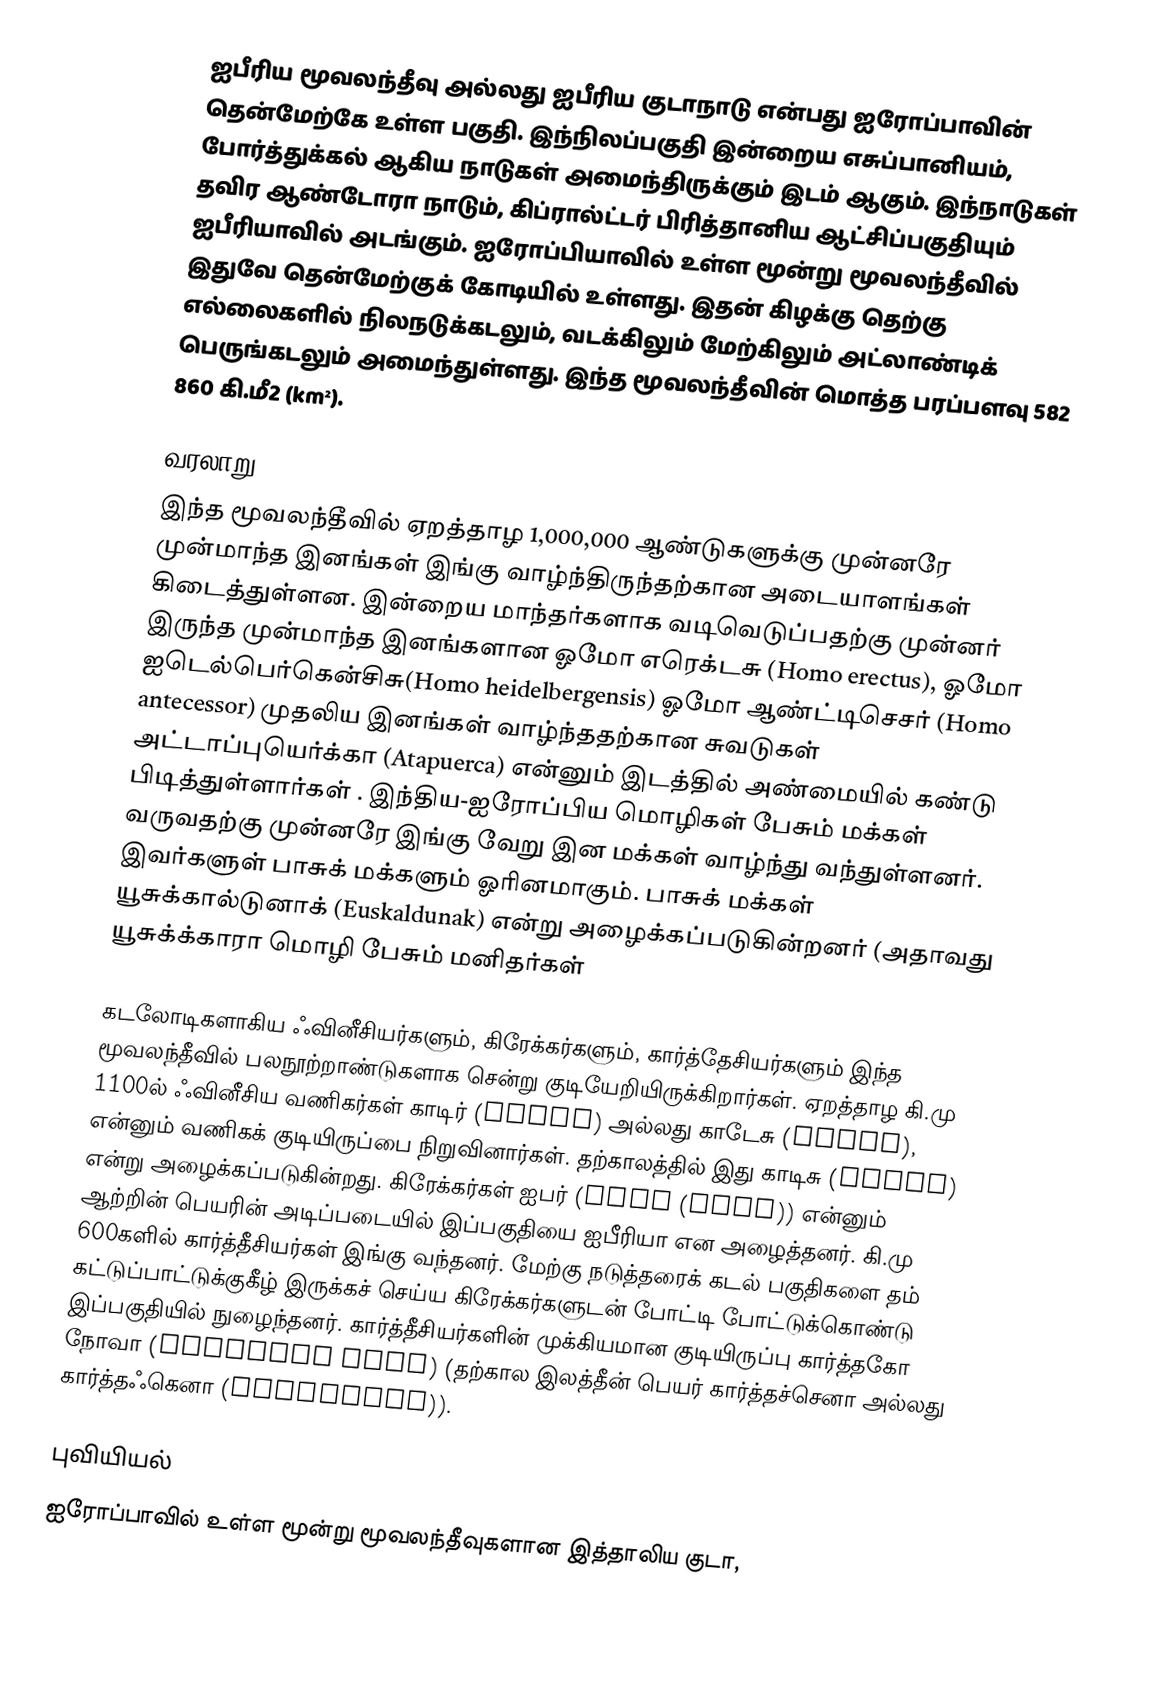
ஐபீரிய மூவலந்தீவு அல்லது ஐபீரிய குடாநாடு என்பது ஐரோப்பாவின் தென்மேற்கே உள்ள பகுதி. இந்நிலப்பகுதி இன்றைய எசுப்பானியம், போர்த்துக்கல் ஆகிய நாடுகள் அமைந்திருக்கும் இடம் ஆகும். இந்நாடுகள் தவிர ஆண்டோரா நாடும், கிப்ரால்ட்டர் பிரித்தானிய ஆட்சிப்பகுதியும் ஐபீரியாவில் அடங்கும். ஐரோப்பியாவில் உள்ள மூன்று மூவலந்தீவில் இதுவே தென்மேற்குக் கோடியில் உள்ளது. இதன் கிழக்கு தெற்கு எல்லைகளில் நிலநடுக்கடலும், வடக்கிலும் மேற்கிலும் அட்லாண்டிக் பெருங்கடலும் அமைந்துள்ளது. இந்த மூவலந்தீவின் மொத்த பரப்பளவு 582 860 கி.மீ2 (km²).

வரலாறு
இந்த மூவலந்தீவில் ஏறத்தாழ 1,000,000 ஆண்டுகளுக்கு முன்னரே முன்மாந்த இனங்கள் இங்கு வாழ்ந்திருந்தற்கான அடையாளங்கள் கிடைத்துள்ளன. இன்றைய மாந்தர்களாக வடிவெடுப்பதற்கு முன்னர் இருந்த முன்மாந்த இனங்களான ஓமோ எரெக்டசு (Homo erectus), ஓமோ ஐடெல்பெர்கென்சிசு(Homo heidelbergensis) ஓமோ ஆண்ட்டிசெசர் (Homo antecessor) முதலிய இனங்கள் வாழ்ந்ததற்கான சுவடுகள் அட்டாப்புயெர்க்கா (Atapuerca) என்னும் இடத்தில் அண்மையில் கண்டு பிடித்துள்ளார்கள் . இந்திய-ஐரோப்பிய மொழிகள் பேசும் மக்கள் வருவதற்கு முன்னரே இங்கு வேறு இன மக்கள் வாழ்ந்து வந்துள்ளனர். இவர்களுள் பாசுக் மக்களும் ஓரினமாகும். பாசுக் மக்கள் யூசுக்கால்டுனாக் (Euskaldunak) என்று அழைக்கப்படுகின்றனர் (அதாவது யூசுக்க்காரா மொழி பேசும் மனிதர்கள்

கடலோடிகளாகிய ஃவினீசியர்களும், கிரேக்கர்களும், கார்த்தேசியர்களும் இந்த மூவலந்தீவில் பலநூற்றாண்டுகளாக சென்று குடியேறியிருக்கிறார்கள். ஏறத்தாழ கி.மு 1100ல் ஃவினீசிய வணிகர்கள் காடிர் (Gadir) அல்லது காடேசு (Gades), என்னும் வணிகக் குடியிருப்பை நிறுவினார்கள். தற்காலத்தில் இது காடிசு (Cádiz) என்று அழைக்கப்படுகின்றது. கிரேக்கர்கள் ஐபர் (Iber (Ebro)) என்னும் ஆற்றின் பெயரின் அடிப்படையில் இப்பகுதியை ஐபீரியா என அழைத்தனர். கி.மு 600களில் கார்த்தீசியர்கள் இங்கு வந்தனர். மேற்கு நடுத்தரைக் கடல் பகுதிகளை தம் கட்டுப்பாட்டுக்குகீழ் இருக்கச் செய்ய கிரேக்கர்களுடன் போட்டி போட்டுக்கொண்டு இப்பகுதியில் நுழைந்தனர். கார்த்தீசியர்களின் முக்கியமான குடியிருப்பு கார்த்தகோ நோவா (Carthago Nova) (தற்கால இலத்தீன் பெயர் கார்த்தச்செனா அல்லது கார்த்தஃகெனா (Cartagena)).

புவியியல்
ஐரோப்பாவில் உள்ள மூன்று மூவலந்தீவுகளான இத்தாலிய குடா,